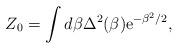
LaTeX: \begin{align*}Z_0=\int d \beta \Delta^2 (\beta) {\rm e}^{-\beta^2/2},\end{align*}